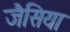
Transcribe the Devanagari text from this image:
जैसिया